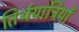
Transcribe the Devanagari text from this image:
तिर्थयात्रियों